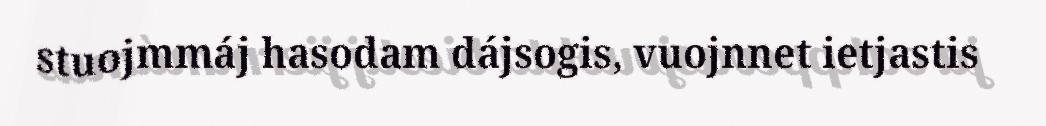
stuojmmáj hasodam dájsogis, vuojnnet ietjastis